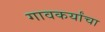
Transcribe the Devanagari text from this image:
गावकर्यांचा